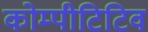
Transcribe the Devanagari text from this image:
कोम्पीटिटिव